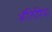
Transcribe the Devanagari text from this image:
आॅलिपिंया